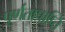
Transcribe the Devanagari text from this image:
पूर्णताप्राप्ति